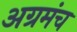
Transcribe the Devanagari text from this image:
अग्रमंच